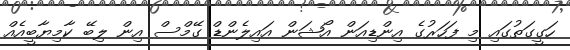
ހަގީގަތުގައި މި ފަހަރުގެެ އިންޑިއަން އޯޝަން އައިލެންޑް ގޭމްސް އިން ލިބޭ ކާމިޔާބީއެއް